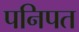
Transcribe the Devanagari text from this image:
पनिपत